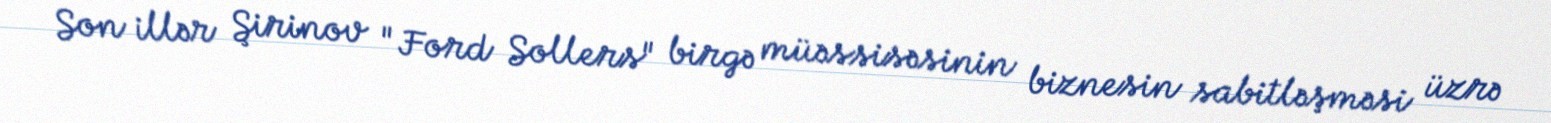
Son illər Şirinov "Ford Sollers" birgə müəssisəsinin biznesin sabitləşməsi üzrə